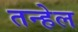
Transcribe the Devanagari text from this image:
तन्हेल